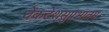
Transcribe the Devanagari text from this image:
वेंकटेशसुप्रभातम्